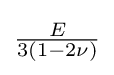
{\tfrac {E}{3(1-2\nu )}}